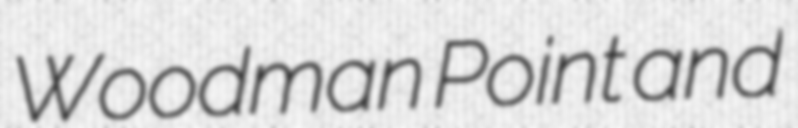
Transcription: Woodman Point and